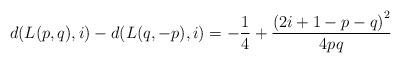
LaTeX: \begin{align*}d(L(p,q),i)-d(L(q,-p),i)=-\frac{1}{4}+\frac{\left(2i+1-p-q\right)^{2}}{4pq}\end{align*}